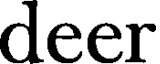
deer